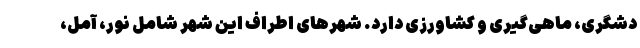
دشگری، ماهی‌گیری و کشاورزی دارد. شهرهای اطراف این شهر شامل نور، آمل،